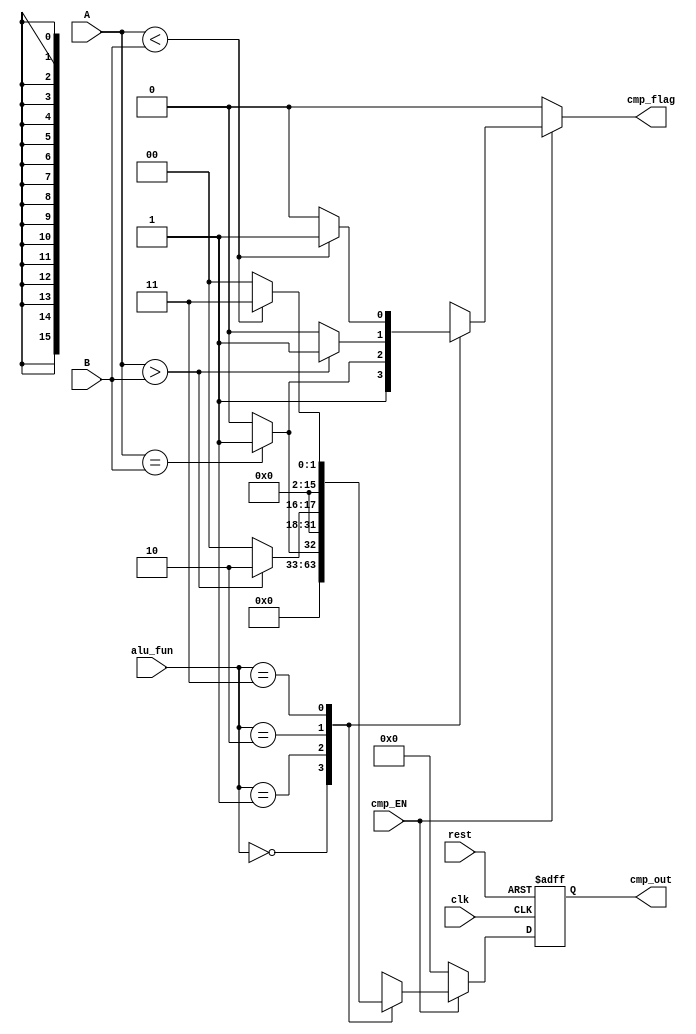

module cmp_unit #(parameter width =16) // Parameterized design 

// Port declaration 

(      input      [width-1:0] A,
       input      [width-1:0] B,
       input                  clk,
       input                  rest,
       input      [1:0]       alu_fun,
       input                  cmp_EN,
       output reg [width-1:0] cmp_out,
       output reg             cmp_flag
       );
         
       reg [width-1:0]  cmp_out_reg; 
              
       // sequential always 
       
 always @(posedge clk or negedge rest)  //Asynchronous rest
       begin 
         if(!rest)
        cmp_out ='b0;
      else
          cmp_out <=cmp_out_reg;
       end  
       
     // combinational always
      
 always @(*)
      begin 
        cmp_flag=1'b0;
        cmp_out_reg=1'b0;
        if(cmp_EN)
          begin
              case(alu_fun)   // case statement 
              2'b00: begin
                        cmp_out_reg='b0;
                        cmp_flag=1'b1;
                     end                                       
              2'b01:begin
                     if(A==B)
                       begin
                        cmp_out_reg='b1;
                        cmp_flag=1'b1;
                       end 
                      else
                        begin
                        cmp_out_reg='b0;
                        end
                    end
              2'b10:begin
                     if(A>B)
                       begin
                        cmp_out_reg='b10;
                        cmp_flag=1'b1;
                       end 
                      else
                        begin
                        cmp_out_reg='b0;
                        end
                    end
              2'b11:begin
                     if(A<B)
                       begin
                        cmp_out_reg='b11;
                        cmp_flag=1'b1;
                       end 
                      else
                        begin
                        cmp_out_reg='b0;
                        end
                    end
              default: cmp_out_reg='b0; 
              endcase
       end        
       else
          begin
          cmp_out_reg='b0;
          end 
      end
  endmodule